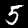
Label: 5